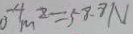
0 ^ { - 4 } m ^ { 2 } = 5 8 . 8 N